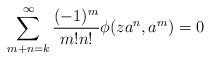
LaTeX: \begin{align*} \sum_{m+n=k}^{\infty} \dfrac{(-1)^{ m}}{m! n!} \phi ( z a^n , a^m) =0\end{align*}